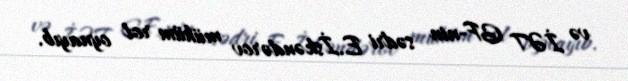
və İƏT GF-nin sədri E.İskəndərov mühüm rol oynayıb.